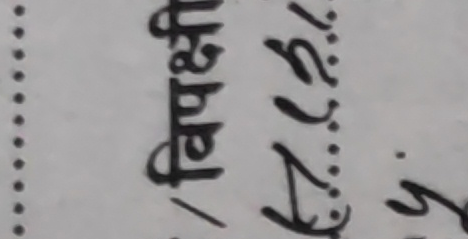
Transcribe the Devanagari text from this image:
विद्यार्थी अंक